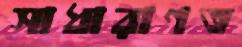
সাধারাণত